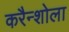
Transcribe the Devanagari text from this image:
करैन्शोला